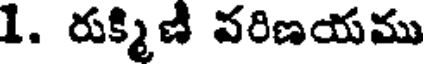
1. రుక్మిణి వరిణయము